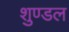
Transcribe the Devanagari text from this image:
शुण्डल